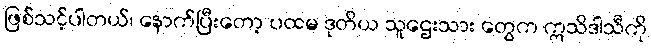
ဖြစ်သင့်ပါတယ်၊ နောက်ပြီးတော့ ပထမ ဒုတိယ သူဌေးသား တွေက ဣသိဒါသီကို